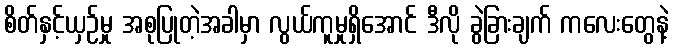
စိတ်နှင့်ယှဉ်မှု အစုပြုတဲ့အခါမှာ လွယ်ကူမှုရှိအောင် ဒီလို ခွဲခြားချက် ကလေးတွေနဲ့